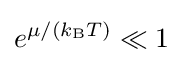
e^{\mu /(k_{\text{B}}T)}\ll 1